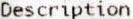
DESCRIPTION